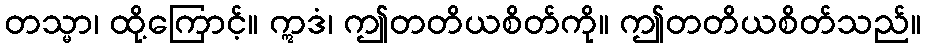
တသ္မာ၊ ထို့ကြောင့်။ ဣဒံ၊ ဤတတိယစိတ်ကို။ ဤတတိယစိတ်သည်။